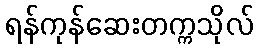
ရန်ကုန်ဆေးတက္ကသိုလ်